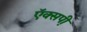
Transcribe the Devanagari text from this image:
ऍक्सपी़